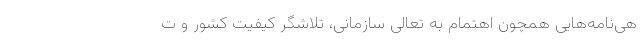
هی‌نامه‌هایی همچون اهتمام به تعالی سازمانی، تلاشگر کیفیت کشور و ت